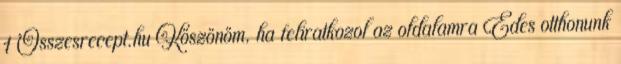
1 Összesrecept.hu Köszönöm, ha feliratkozol az oldalamra Édes otthonunk